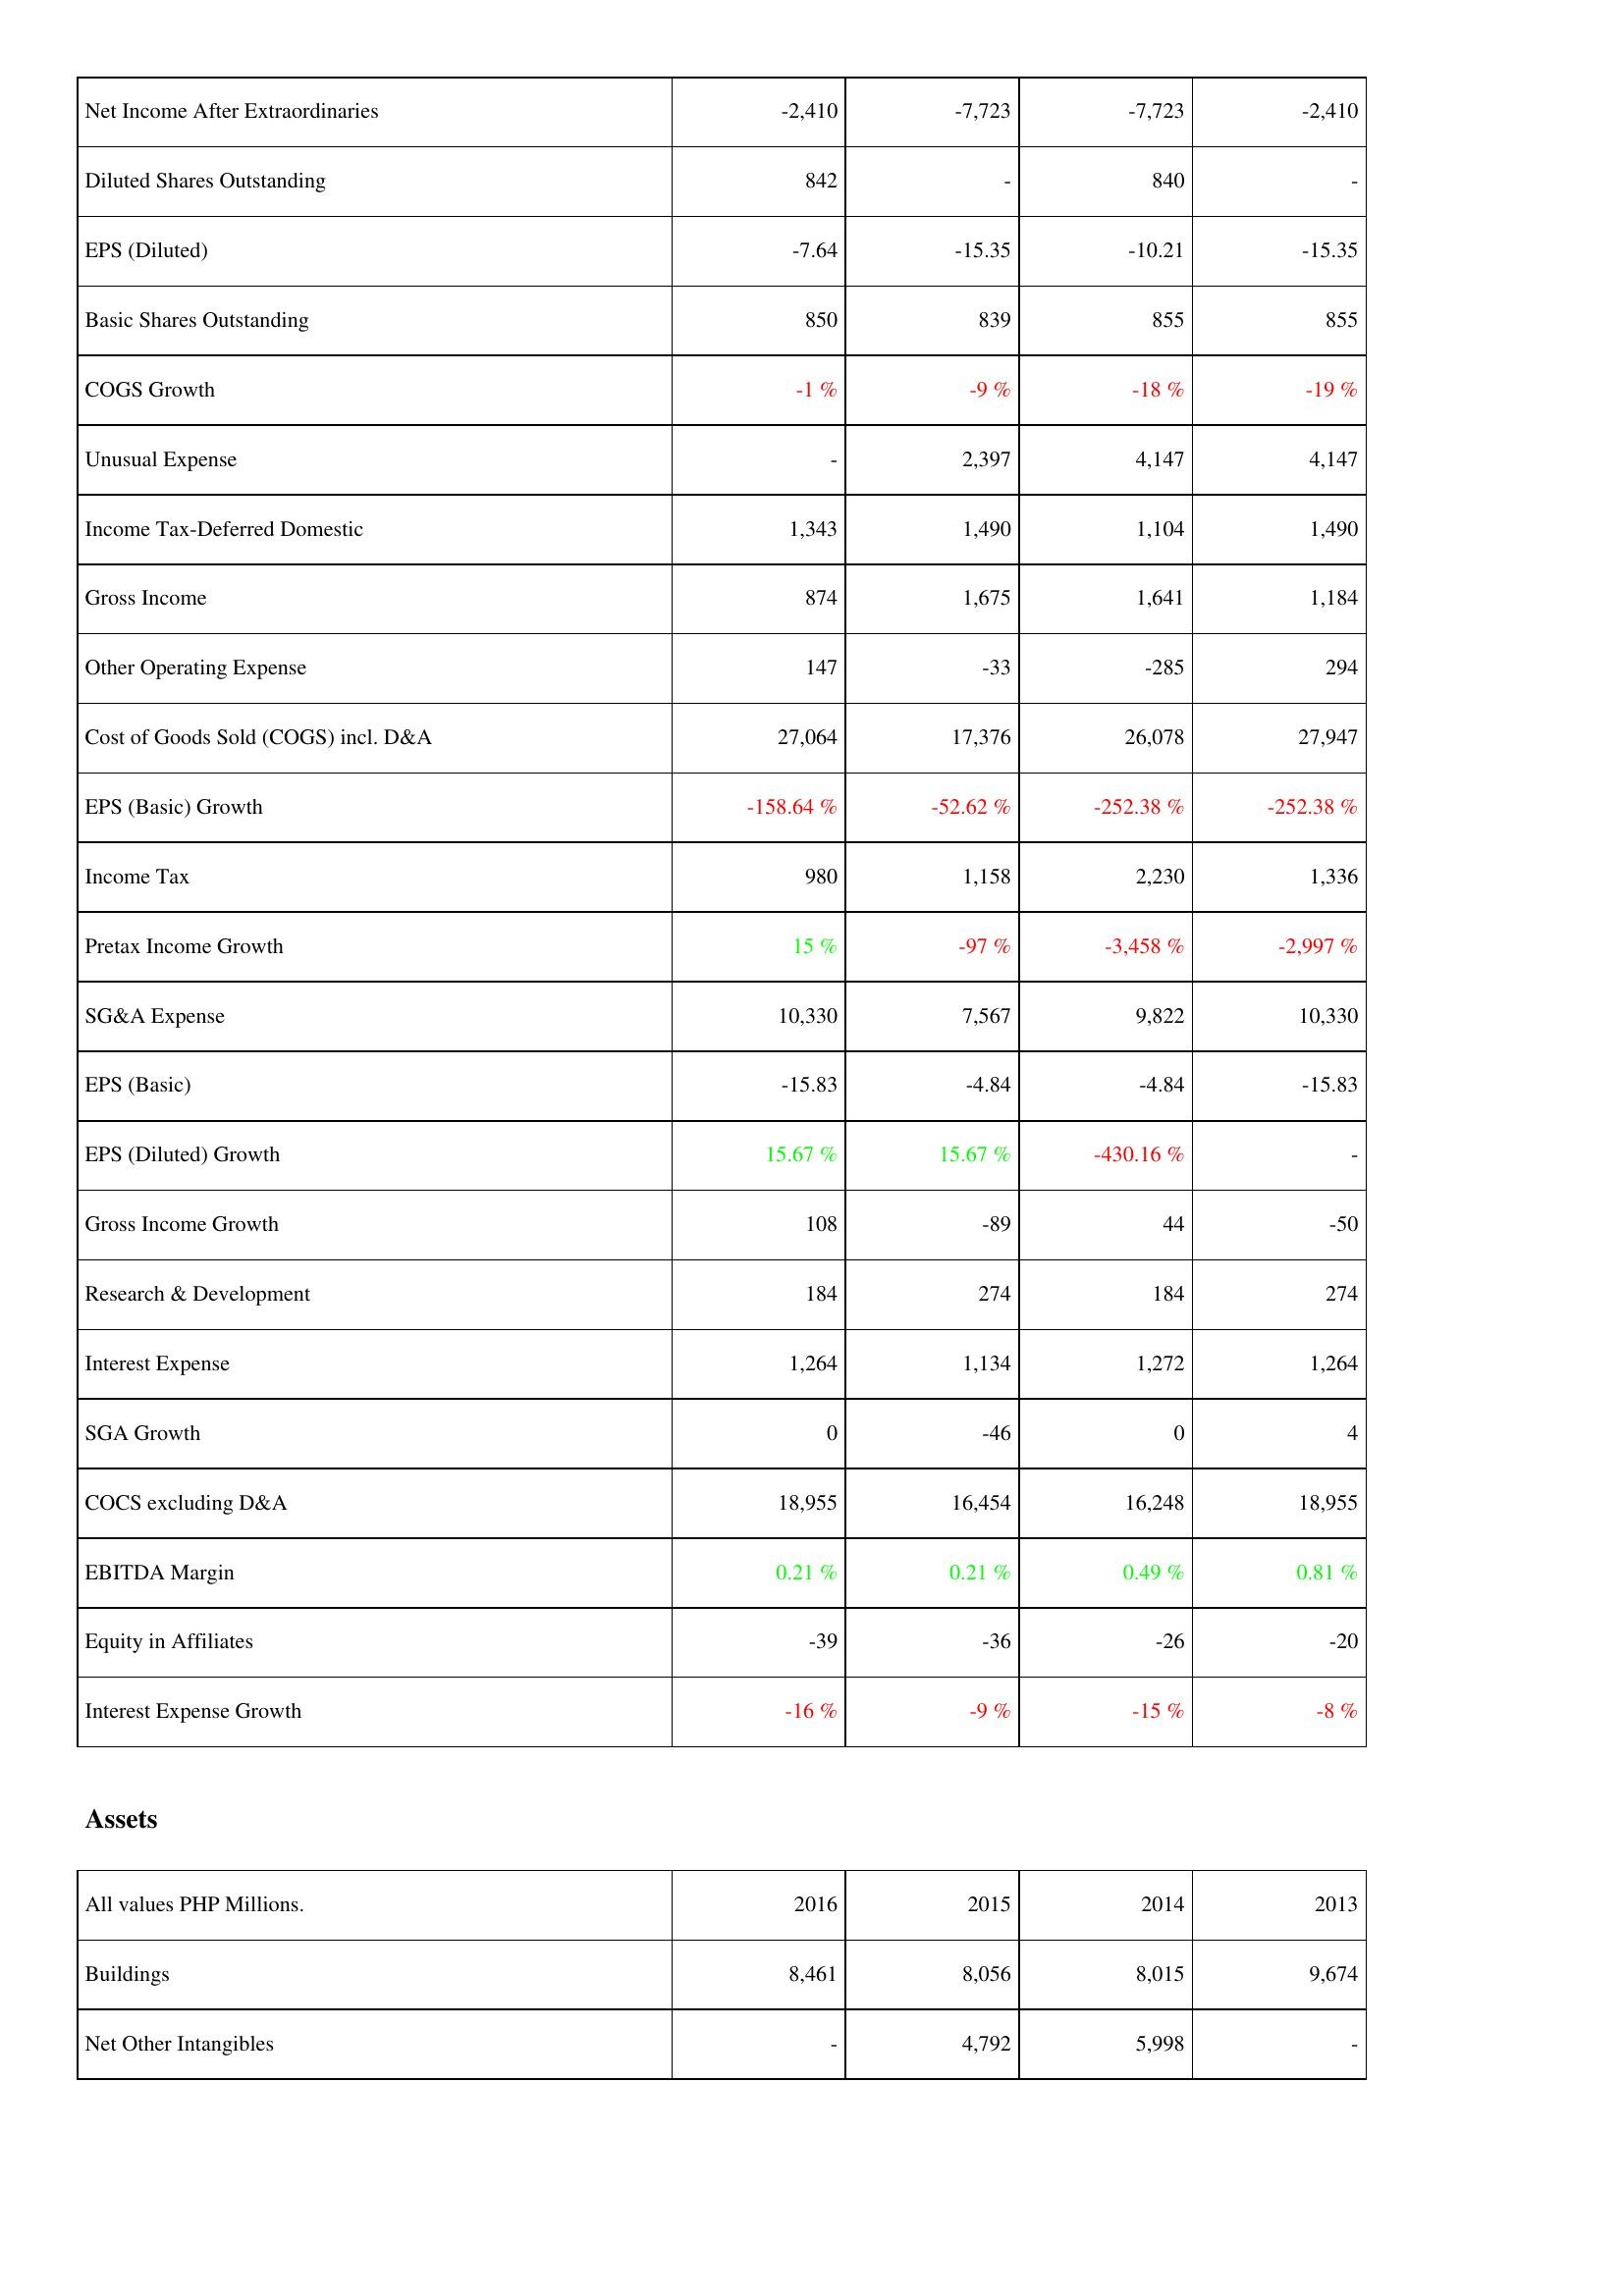
2016: Income Statement: Net Income After Extraordinaries: -2,410
Diluted Shares Outstanding: 842
EPS (Diluted): -7.64
Basic Shares Outstanding: 850
COGS Growth: -1 %
Unusual Expense: -
Income Tax-Deferred Domestic: 1,343
Gross Income: 874
Other Operating Expense: 147
Cost of Goods Sold (COGS) incl. D&A: 27,064
EPS (Basic) Growth: -158.64 %
Income Tax: 980
Pretax Income Growth: 15 %
SG&A Expense: 10,330
EPS (Basic): -15.83
EPS (Diluted) Growth: 15.67 %
Gross Income Growth: 108
Research & Development: 184
Interest Expense: 1,264
SGA Growth: 0
COCS excluding D&A: 18,955
EBITDA Margin: 0.21 %
Equity in Affiliates: -39
Interest Expense Growth: -16 %
Assets: Buildings: 8,461
Net Other Intangibles: -
2015: Income Statement: Net Income After Extraordinaries: -7,723
Diluted Shares Outstanding: -
EPS (Diluted): -15.35
Basic Shares Outstanding: 839
COGS Growth: -9 %
Unusual Expense: 2,397
Income Tax-Deferred Domestic: 1,490
Gross Income: 1,675
Other Operating Expense: -33
Cost of Goods Sold (COGS) incl. D&A: 17,376
EPS (Basic) Growth: -52.62 %
Income Tax: 1,158
Pretax Income Growth: -97 %
SG&A Expense: 7,567
EPS (Basic): -4.84
EPS (Diluted) Growth: 15.67 %
Gross Income Growth: -89
Research & Development: 274
Interest Expense: 1,134
SGA Growth: -46
COCS excluding D&A: 16,454
EBITDA Margin: 0.21 %
Equity in Affiliates: -36
Interest Expense Growth: -9 %
Assets: Buildings: 8,056
Net Other Intangibles: 4,792
2014: Income Statement: Net Income After Extraordinaries: -7,723
Diluted Shares Outstanding: 840
EPS (Diluted): -10.21
Basic Shares Outstanding: 855
COGS Growth: -18 %
Unusual Expense: 4,147
Income Tax-Deferred Domestic: 1,104
Gross Income: 1,641
Other Operating Expense: -285
Cost of Goods Sold (COGS) incl. D&A: 26,078
EPS (Basic) Growth: -252.38 %
Income Tax: 2,230
Pretax Income Growth: -3,458 %
SG&A Expense: 9,822
EPS (Basic): -4.84
EPS (Diluted) Growth: -430.16 %
Gross Income Growth: 44
Research & Development: 184
Interest Expense: 1,272
SGA Growth: 0
COCS excluding D&A: 16,248
EBITDA Margin: 0.49 %
Equity in Affiliates: -26
Interest Expense Growth: -15 %
Assets: Buildings: 8,015
Net Other Intangibles: 5,998
2013: Income Statement: Net Income After Extraordinaries: -2,410
Diluted Shares Outstanding: -
EPS (Diluted): -15.35
Basic Shares Outstanding: 855
COGS Growth: -19 %
Unusual Expense: 4,147
Income Tax-Deferred Domestic: 1,490
Gross Income: 1,184
Other Operating Expense: 294
Cost of Goods Sold (COGS) incl. D&A: 27,947
EPS (Basic) Growth: -252.38 %
Income Tax: 1,336
Pretax Income Growth: -2,997 %
SG&A Expense: 10,330
EPS (Basic): -15.83
EPS (Diluted) Growth: -
Gross Income Growth: -50
Research & Development: 274
Interest Expense: 1,264
SGA Growth: 4
COCS excluding D&A: 18,955
EBITDA Margin: 0.81 %
Equity in Affiliates: -20
Interest Expense Growth: -8 %
Assets: Buildings: 9,674
Net Other Intangibles: -